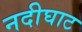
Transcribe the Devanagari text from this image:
नदीघाट